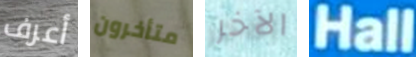
أعرف متأخرون الآخر Hall